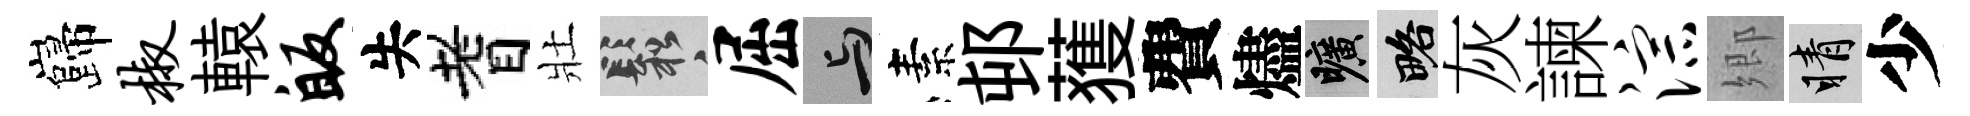
巋椒轅皈失耆壯鬆屈与素邨𫉬費燼曠略灰諫淙郷睛少